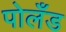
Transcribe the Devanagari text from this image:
पोलँड